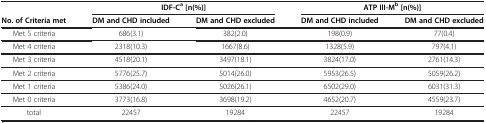
|  | <COLSPAN=2> IDF-Ca [n(%)] | <COLSPAN=2> ATP III-Mb [n(%)] |
 | No. of Criteria met | DM and CHD included | DM and CHD excluded | DM and CHD included | DM and CHD excluded |
 | --- | --- | --- | --- | --- |
 | Met 5 criteria | 686(3.1) | 382(2.0) | 198(0.9) | 77(0.4) |
 | Met 4 criteria | 2318(10.3) | 1667(8.6) | 1328(5.9) | 797(4.1) |
 | Met 3 criteria | 4518(20.1) | 3497(18.1) | 3824(17.0) | 2761(14.3) |
 | Met 2 criteria | 5776(25.7) | 5014(26.0) | 5953(26.5) | 5059(26.2) |
 | Met 1 criteria | 5386(24.0) | 5026(26.1) | 6502(29.0) | 6031(31.3) |
 | Met 0 criteria | 3773(16.8) | 3698(19.2) | 4652(20.7) | 4559(23.7) |
 | total | 22457 | 19284 | 22457 | 19284 |